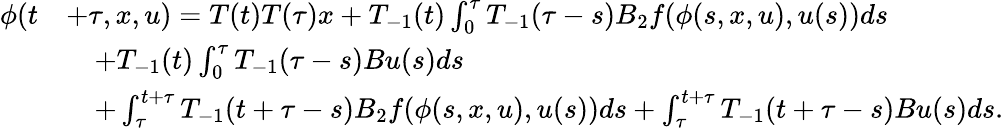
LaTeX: \begin{array}{rl}{\phi(t}&{+\tau,x,u)=T(t)T(\tau)x+T_{-1}(t)\int_{0}^{\tau}T_{-1}(\tau-s)B_{2}f(\phi(s,x,u),u(s))ds}\\ &{\quad+T_{-1}(t)\int_{0}^{\tau}T_{-1}(\tau-s)Bu(s)ds}\\ &{\quad+\int_{\tau}^{t+\tau}T_{-1}(t+\tau-s)B_{2}f(\phi(s,x,u),u(s))ds+\int_{\tau}^{t+\tau}T_{-1}(t+\tau-s)Bu(s)ds.}\end{array}